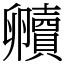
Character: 贕